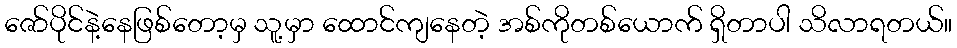
ဇော်ပိုင်နဲ့နေဖြစ်တော့မှ သူ့မှာ ထောင်ကျနေတဲ့ အစ်ကိုတစ်ယောက် ရှိတာပါ သိလာရတယ်။